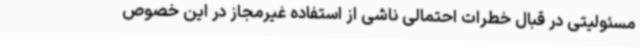
مسئولیتی در قبال خطرات احتمالی ناشی از استفاده غیرمجاز در این خصوص